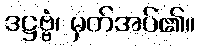
ဒဋ္ဌဗ္ဗံ၊ မှတ်အပ်၏။